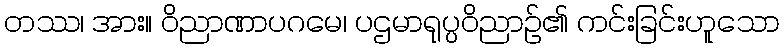
တဿ၊ အား။ ဝိညာဏာပဂမေ၊ ပဌမာရုပ္ပဝိညာဉ်၏ ကင်းခြင်းဟူသော